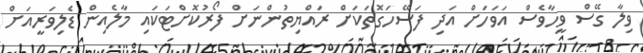
ވިލާ ގޭސް ވީހާވެސް އަވަހަށް އަދި ފަސޭހަގޮތަކަށް ރައްޔިތުންނަށް ފޯރުކޮށްޓަކައި މާލެއިން ޑެލިވަރީއަށް